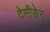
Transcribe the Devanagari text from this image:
देसीङेर्